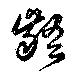
齬